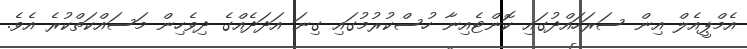
އެމްޕީއެލް އިން ސަރަހައްދުގައި ކޮންޓެއިނާ ހުސްކުރުމުގައި ގިނަ އަދަދެއްގެ ދިވެހިން މަސައްކަތްކުރެ އެވެ.